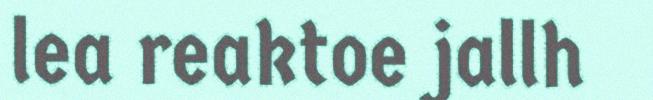
lea reaktoe jallh